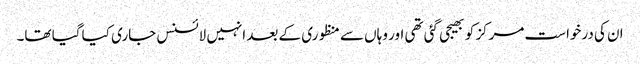
ان کی درخواست مرکز کو بھیجی گئی تھی اور وہاں سے منظوری کے بعد انہیں لائسنس جاری کیا گیا تھا۔